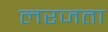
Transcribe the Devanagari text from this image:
लरजता